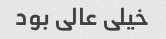
خیلی عالی بود